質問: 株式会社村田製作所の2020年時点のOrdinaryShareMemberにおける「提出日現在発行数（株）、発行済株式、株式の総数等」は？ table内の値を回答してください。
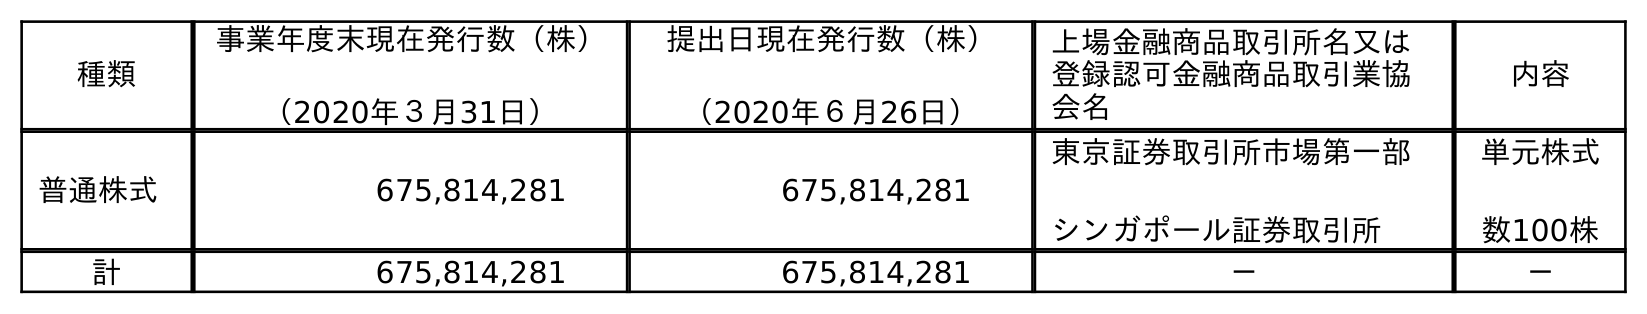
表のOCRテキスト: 種類 事業年度末現在発行数（株） （2020年３月31日） 提出日現在発行数（株） （2020年６月26日） 上場金融商品取引所名又は 登録認可金融商品取引業協 会名 内容 普通株式 675,814,281 675,814,281 東京証券取引所市場第一部 シンガポール証券取引所 単元株式 数100株 計 675,814,281 675,814,281 － －
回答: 675,814,281